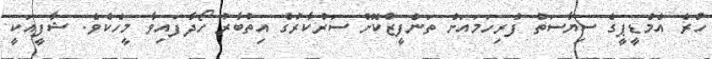
ހުރެ އެމްޑީޕީގެ ސިޔާސަތު ފުރިހަމައަށް ތަންފީޒުކޮށް ސަރުކާރުގެ އިތުބާރު ހޯދާފައިވާ މީހެކެވެ. ޝާފީއަކީ